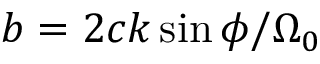
b = 2 c k \sin \phi / \Omega _ { 0 }